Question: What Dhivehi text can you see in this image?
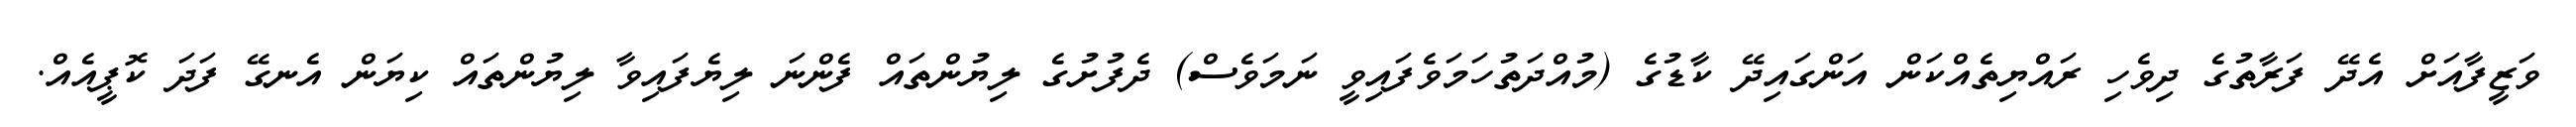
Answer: ވަޒީފާއަށް އެދޭ ފަރާތުގެ ދިވެހި ރައްޔިތެއްކަން އަންގައިދޭ ކާޑުގެ (މުއްދަތުހަމަވެފައިވީ ނަމަވެސް) ދެފުށުގެ ލިޔުންތައް ފެންނަ ލިޔެފައިވާ ލިޔުންތައް ކިޔަން އެނގޭ ފަދަ ކޮޕީއެއް.